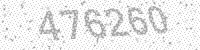
Solution: 476260